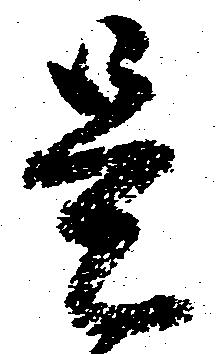
是